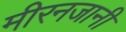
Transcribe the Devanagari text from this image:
मीरनजानी